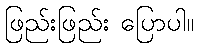
ဖြည်းဖြည်း ပြောပါ။